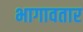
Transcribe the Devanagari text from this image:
भागावतार